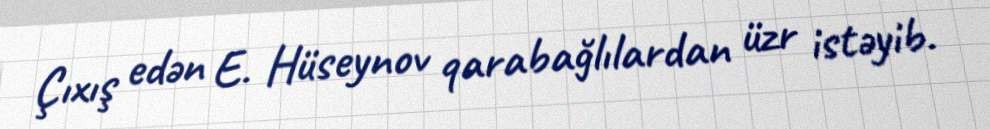
Çıxış edən E. Hüseynov qarabağlılardan üzr istəyib.